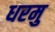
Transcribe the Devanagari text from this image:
धरमु